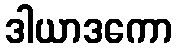
ဒါယာဒကော